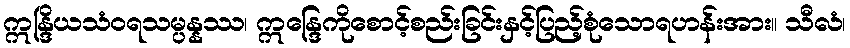
ဣန္ဒြိယသံဝရသမ္ပန္နဿ၊ ဣန္ဒြေကိုစောင့်စည်းခြင်းနှင့်ပြည့်စုံသောရဟန်းအား။ သီလံ၊